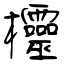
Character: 欞